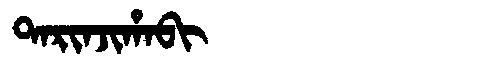
Manchu: ᡨᠠᡵᡳᠨᠵᡳᡥᠠᠪᡳ
Romanization: TARINJIHABI